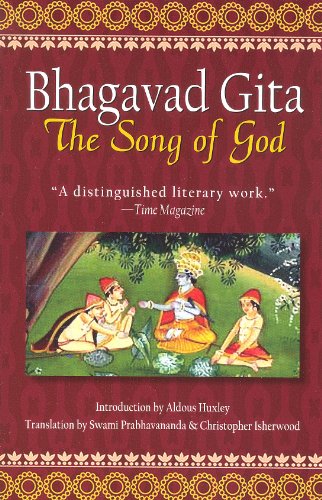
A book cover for Bhagavad Gita: The Song of God; Religion & Spirituality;